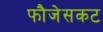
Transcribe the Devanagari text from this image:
फौजेसकट